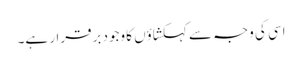
اسی کی وجہ سے کہکشاؤں کا وجود برقرار ہے۔